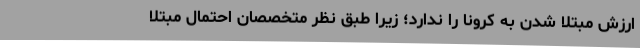
ارزش مبتلا شدن به کرونا را ندارد؛ زیرا طبق نظر متخصصان احتمال مبتلا